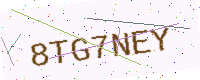
Text: 8TG7NEY